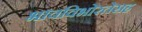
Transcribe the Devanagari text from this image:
भावविभोरतेसह